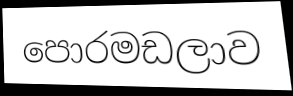
පොරමඩලාව